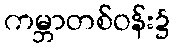
ကမ္ဘာတစ်ဝန်း၌